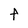
Character: f